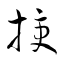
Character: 授